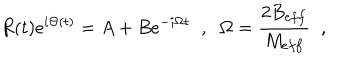
R ( t ) e ^ { i \Theta ( t ) } = A + B e ^ { - i \Omega t } \; \; , \; \; \Omega = \frac { 2 B _ { e f f } } { M _ { e f f } } \; \; ,